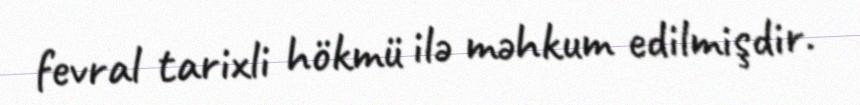
fevral tarixli hökmü ilə məhkum edilmişdir.